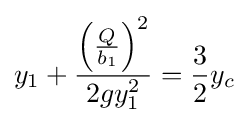
y_{1}+{\frac {\left({\frac {Q}{b_{1}}}\right)^{2}}{2gy_{1}^{2}}}={\frac {3}{2}}y_{c}